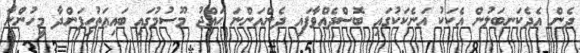
ދެން އެދެކަނބަލުން އެކަކު އަނެކަކުގައި ބޮސްދެއްވާފައި ދެންއަންނަ ޙައްޖު މޫސުމުގައި ބައިޢަތުހިފަންދާ މީހުންނާ